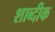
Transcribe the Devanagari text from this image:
शाब्दीक